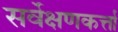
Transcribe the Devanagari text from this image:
सर्वेक्षणकर्त्ता